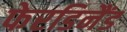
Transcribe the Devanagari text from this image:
फेरडिनैंड